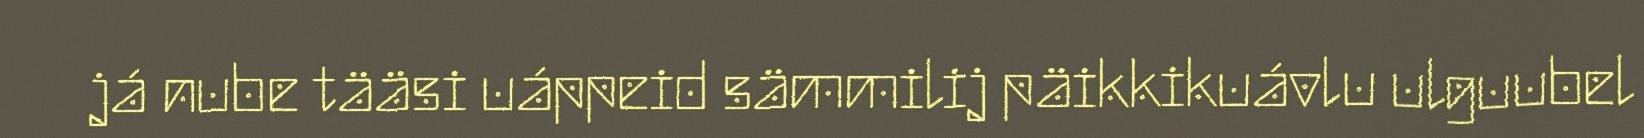
já nube tääsi uáppeid sämmilij päikkikuávlu ulguubel